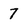
Character: 7